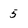
Character: 5